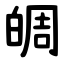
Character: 皗